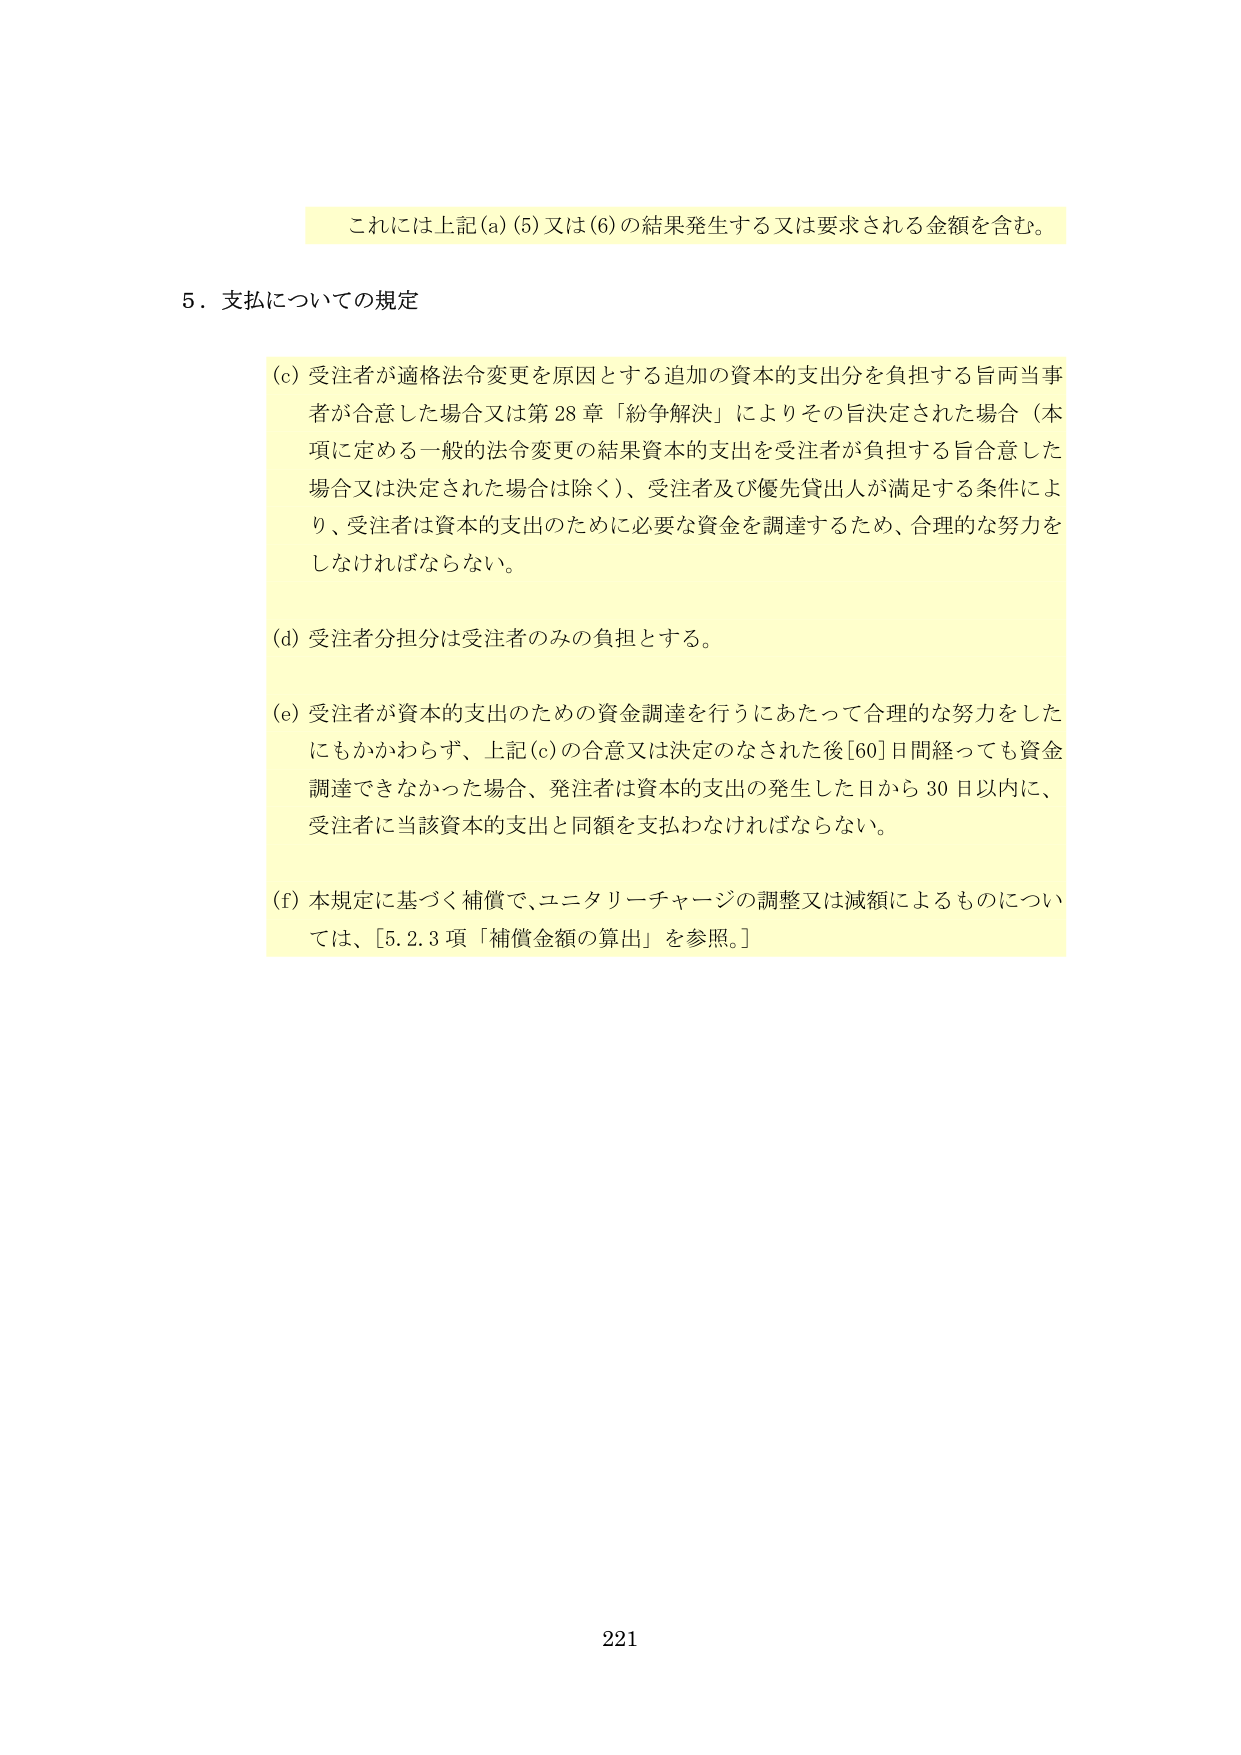
これには上記(a)(5)又は(6)の結果発生する又は要求される金額を含む。

5．支払についての規定

(c) 受注者が適格法令変更を原因とする追加の資本的支出分を負担する旨両当事者が合意した場合又は第28章「紛争解決」によりその旨決定された場合（本項に定める一般的法令変更の結果資本的支出を受注者が負担する旨合意した場合又は決定された場合は除く）、受注者及び優先貸出人が満足する条件により、受注者は資本的支出のために必要な資金を調達するため、合理的な努力をしなければならない。

(d) 受注者分担分は受注者のみの負担とする。

(e) 受注者が資本的支出のための資金調達を行うにあたって合理的な努力をしたにもかかわらず、上記(c)の合意又は決定のなされた後[60]日間経っても資金調達できなかった場合、発注者は資本的支出の発生した日から30日以内に、受注者に当該資本的支出と同額を支払わなければならない。

(f) 本規定に基づく補償で、ユニタリーチャージの調整又は減額によるものについては、[5.2.3項「補償金額の算出」を参照。]

221